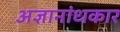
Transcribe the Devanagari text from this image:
अज्ञानांधकार